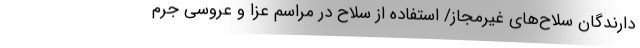
دارندگان سلاح‌های غیرمجاز/ استفاده از سلاح در مراسم عزا و عروسی جرم